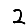
Digit: 2